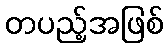
တပည့်အဖြစ်